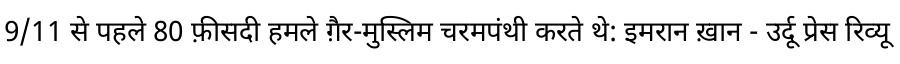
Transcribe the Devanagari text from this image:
9/11 से पहले 80 फ़ीसदी हमले ग़ैर-मुस्लिम चरमपंथी करते थे: इमरान ख़ान - उर्दू प्रेस रिव्यू